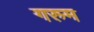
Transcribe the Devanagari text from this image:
गरुम